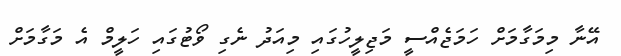
އޭނާ މިމަގާމަށް ހަމަޖެއްސީ މަޖިލީހުގައި މިއަދު ނެގި ވޯޓުގައި ހަލީމް އެ މަގާމަށް